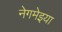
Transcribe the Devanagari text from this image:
नेगमेइया